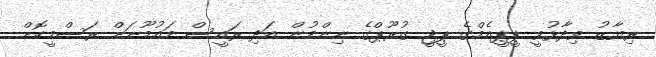
ރިޔާޒު ވިދާޅުވީ ޕީޕީއެމްގެ ޕީޖީ ގުރޫޕްގެ ނިންމުން އަދި ރައީސް މައުމޫނަށް ރަސްމީކޮށް